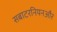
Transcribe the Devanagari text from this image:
सबाटरनियनऔर